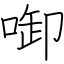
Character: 啣